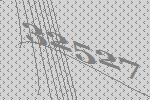
32527